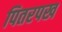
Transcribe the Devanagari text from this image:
पितरपख